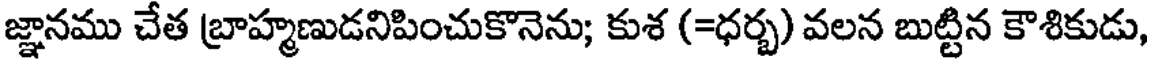
జ్ఞానము చేత బ్రాహ్మణుడనిపించుకొనెను; కుశ (=ధర్బ) వలన బుట్టిన కౌశికుడు,